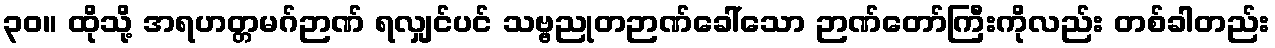
၃၀။ ထိုသို့ အရဟတ္တမဂ်ဉာဏ် ရလျှင်ပင် သဗ္ဗညုတဉာဏ်ခေါ်သော ဉာဏ်တော်ကြီးကိုလည်း တစ်ခါတည်း